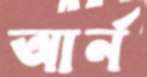
আর্ন